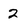
Character: 2